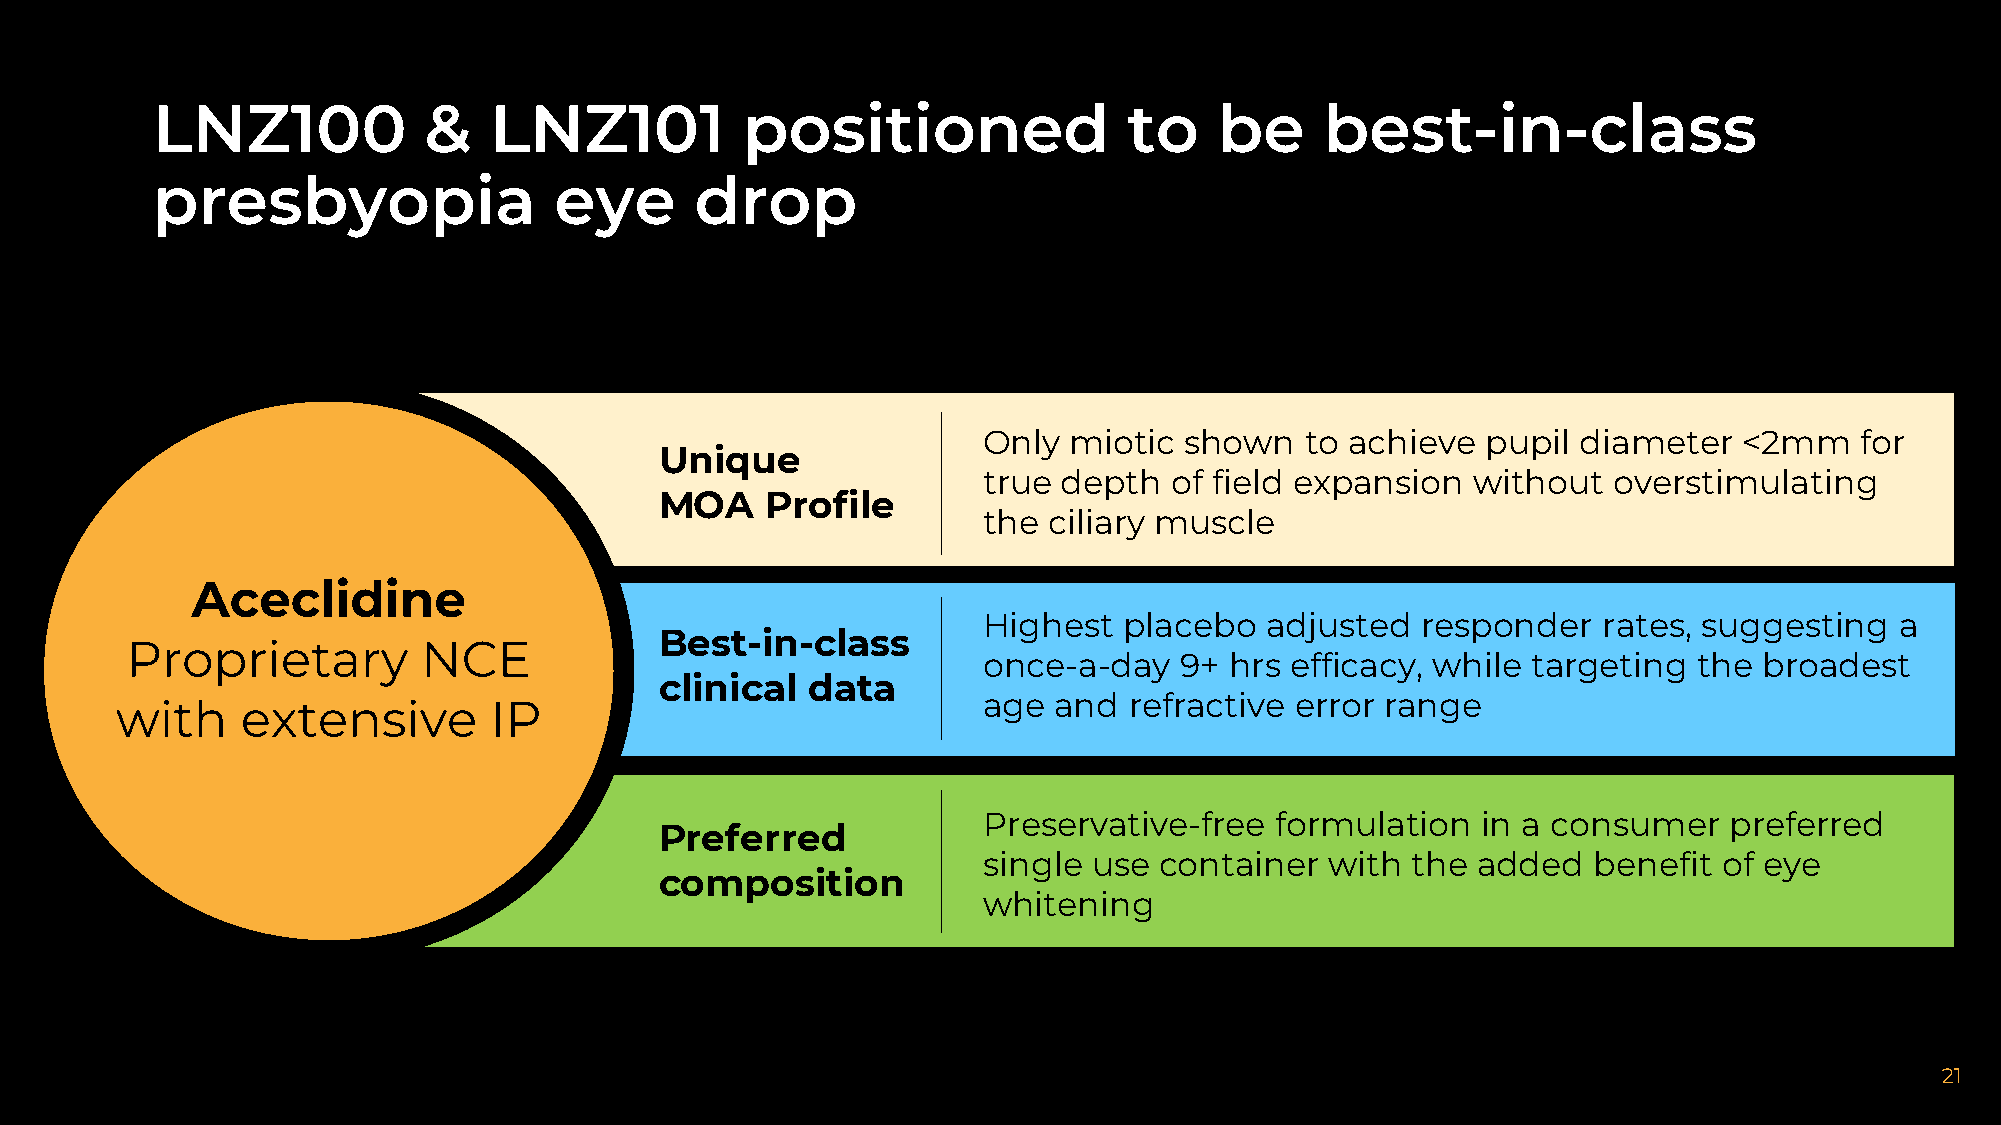
LNZ100            &   LNZ101           positioned                to    be     best-in-class
 presbyopia                 eye      drop
 Only  miotic shown   to achieve  pupil  diameter  <2mm    for
 Unique
 true depth   of field expansion  without  overstimulating
 MOA    Profile
 the ciliary muscle
 Aceclidine
 Highest  placebo   adjusted  responder   rates, suggesting   a
 Best-in-class
 Proprietary         NCE
 once-a-day   9+ hrs efficacy, while targeting  the  broadest
 clinical data
 age  and  refractive error range
 with    extensive       IP
 Preservative-free  formulation   in a consumer   preferred
 Preferred
 single use  container  with the  added  benefit  of eye
 composition
 whitening
 21